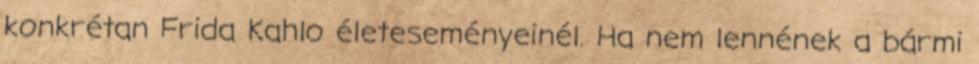
konkrétan Frida Kahlo életeseményeinél. Ha nem lennének a bármi